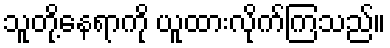
သူတို့နေရာကို ယူထားလိုက်ကြသည်။